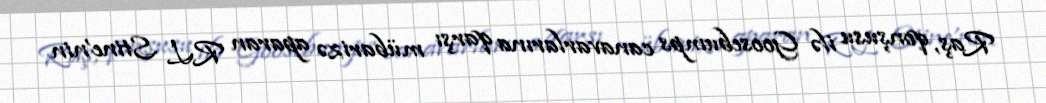
Raş, qonşusu ilə Goosebumps canavarlarına qarşı mübarizə aparan RL Stine'nin